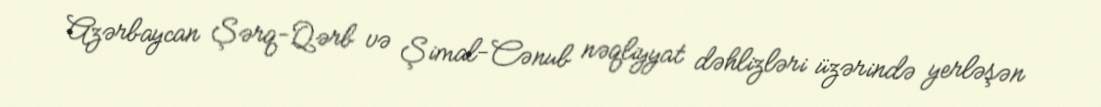
Azərbaycan Şərq-Qərb və Şimal-Cənub nəqliyyat dəhlizləri üzərində yerləşən